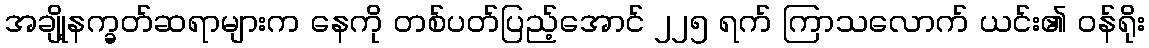
အချို့နက္ခတ်ဆရာများက နေကို တစ်ပတ်ပြည့်အောင် ၂၂၅ ရက် ကြာသလောက် ယင်း၏ ဝန်ရိုး